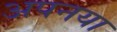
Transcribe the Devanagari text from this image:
अपनया